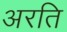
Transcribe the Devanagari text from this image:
अरति